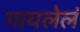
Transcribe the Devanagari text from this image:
गायलेलं